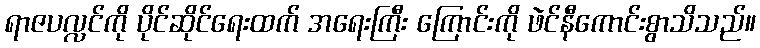
ရာဇပလ္လင်ကို ပိုင်ဆိုင်ရေးထက် အရေးကြီး ကြောင်းကို ဖဲင်နီကောင်းစွာသိသည်။